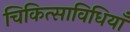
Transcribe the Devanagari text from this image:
चिकित्साविधियाँ